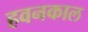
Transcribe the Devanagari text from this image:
हवनकाल